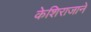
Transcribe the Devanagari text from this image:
केशिराजाने